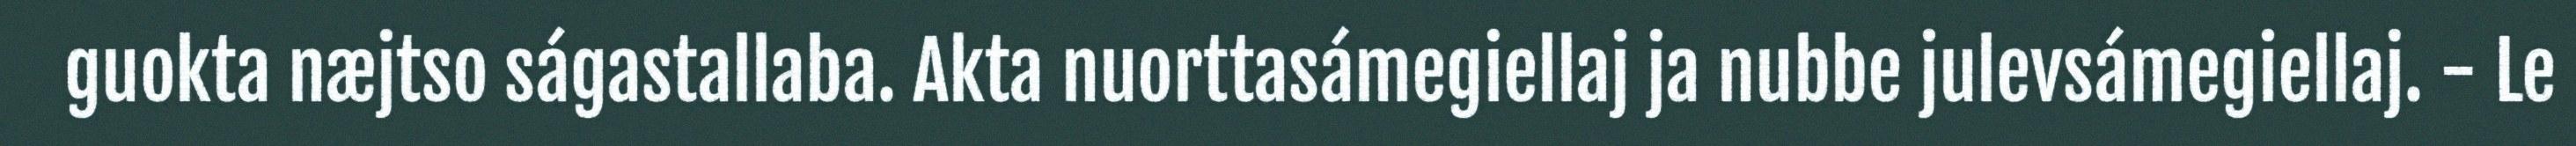
guokta næjtso ságastallaba. Akta nuorttasámegiellaj ja nubbe julevsámegiellaj. - Le